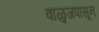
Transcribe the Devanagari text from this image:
वाळुजपासून